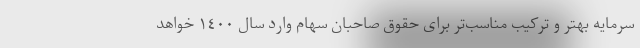
سرمایه بهتر و ترکیب مناسب‌تر برای حقوق صاحبان سهام وارد سال ١٤٠٠ خواهد